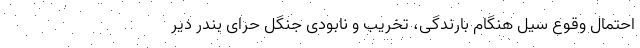
احتمال وقوع سیل هنگام بارندگی، تخریب و نابودی جنگل حرّای بندر دیّر